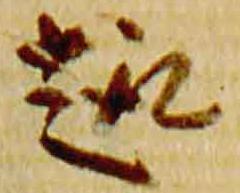
趣